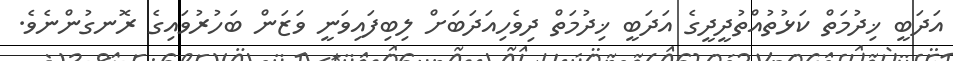
އަދަބީ ޚިދުމަތް ކަޅުތުއްތުދީދީގެ އަދަބީ ޚިދުމަތް ދިވެހިއަދަބަށް ލިބިފައިވަނީ ވަޒަން ބަހުރުވައިގެ ރޮނގުންނެވެ.